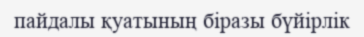
пайдалы қуатының біразы бүйірлік